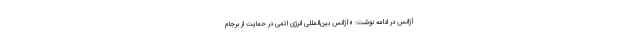
آژانس در ادامه نوشت: «آژانس بین‌المللی انرژی اتمی در حمایت از برجام